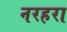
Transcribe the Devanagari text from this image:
नरहरा